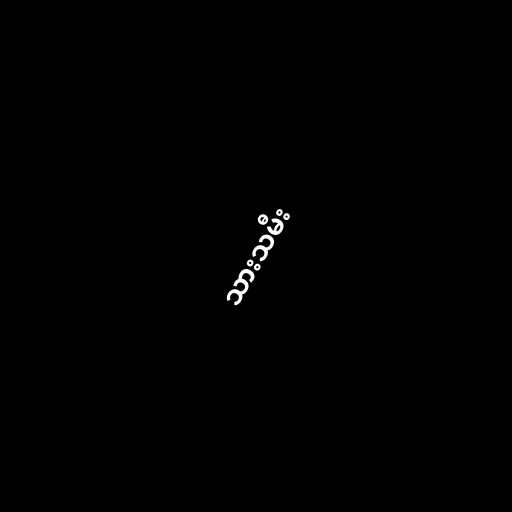
သားသမီး